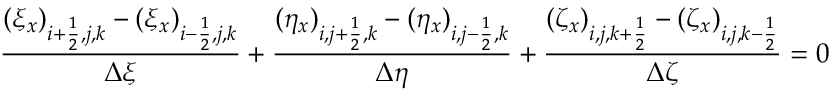
\frac { ( \xi _ { x } ) _ { i + \frac { 1 } { 2 } , j , k } - ( \xi _ { x } ) _ { i - \frac { 1 } { 2 } , j , k } } { \Delta \xi } + \frac { ( \eta _ { x } ) _ { i , j + \frac { 1 } { 2 } , k } - ( \eta _ { x } ) _ { i , j - \frac { 1 } { 2 } , k } } { \Delta \eta } + \frac { ( \zeta _ { x } ) _ { i , j , k + \frac { 1 } { 2 } } - ( \zeta _ { x } ) _ { i , j , k - \frac { 1 } { 2 } } } { \Delta \zeta } = 0